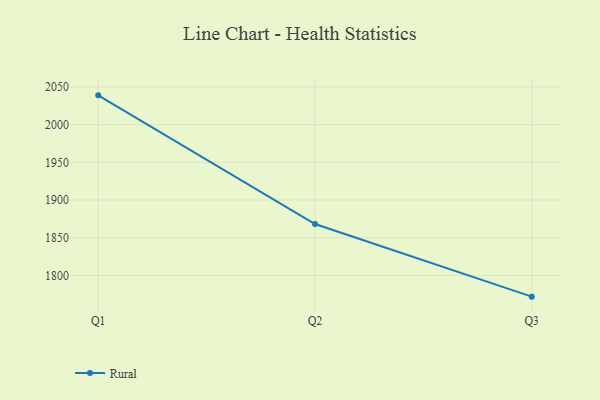
{"axis": {"x": "Quarter", "y": "Waste Production (Tons)"}, "legend": ["Rural"], "data": [{"x": "Q1", "y": 2038.9, "type": "Rural"}, {"x": "Q2", "y": 1868.2, "type": "Rural"}, {"x": "Q3", "y": 1771.8, "type": "Rural"}]}